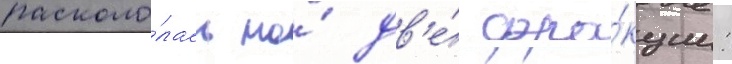
расколо́лась на́ дв'е́ фра́кции: